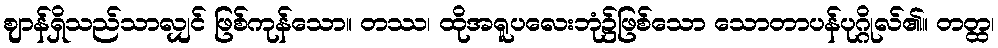
ဈာန်ရှိသည်သာလျှင် ဖြစ်ကုန်သော။ တဿ၊ ထိုအရူပလေးဘုံ၌ဖြစ်သော သောတာပန်ပုဂ္ဂိုလ်၏။ တတ္ထ၊